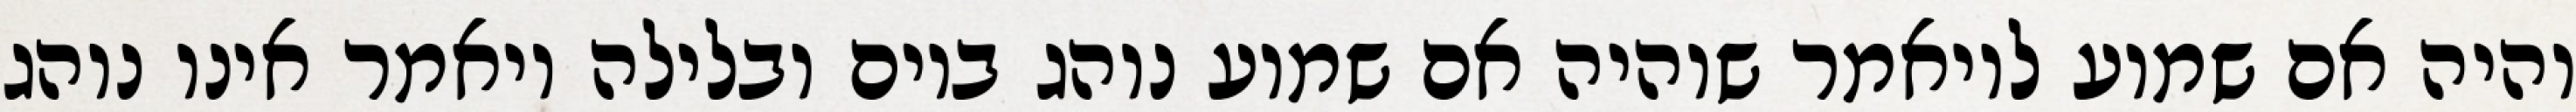
והיה אם שמוע לויאמר שוהיה אם שמוע נוהג ביום ובלילה ויאמר אינו נוהג